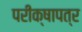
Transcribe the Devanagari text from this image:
परीक्षापत्र